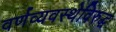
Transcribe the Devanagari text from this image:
वर्णव्यवस्थेविरुद्ध